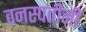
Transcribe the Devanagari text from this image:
वनस्पतीनी